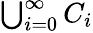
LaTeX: \textstyle\bigcup_{i=0}^{\infty}C_{i}